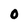
Character: O